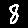
Digit: 8